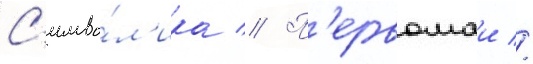
С'имво́л'ика // П'ервомаи //